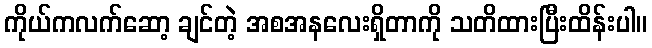
ကိုယ်ကလက်ဆော့ ချင်တဲ့ အစအနလေးရှိတာကို သတိထားပြီးထိန်းပါ။